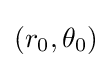
(r_{0},\theta _{0})